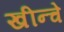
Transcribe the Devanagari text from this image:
खीन्चे